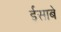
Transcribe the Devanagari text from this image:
ईसाबे